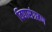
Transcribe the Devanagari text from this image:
विद्यासंग्रहण